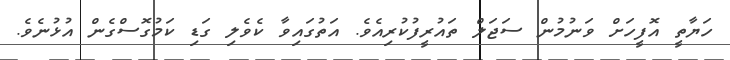
ހަޔާތީ އޮފީހަށް ވަނުމުން ސަޖަލް ތައުރީފުކުރިއެވެ. އަތުގައިވާ ކެވެލި ގަޑި ކަމުގޮސްގެން އުޅުނެވެ.